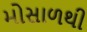
મોસાળથી